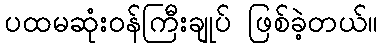
ပထမဆုံးဝန်ကြီးချုပ် ဖြစ်ခဲ့တယ်။